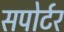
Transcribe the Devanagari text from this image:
सपोर्टर